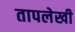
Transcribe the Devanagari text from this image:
तापलेखी